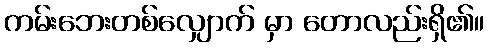
ကမ်းဘေးတစ်လျှောက် မှာ တောလည်းရှိ၏။